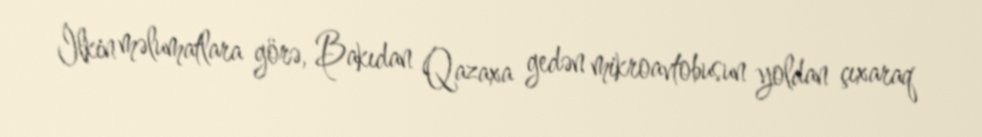
İlkin məlumatlara görə, Bakıdan Qazaxa gedən mikroavtobusun yoldan çıxaraq